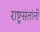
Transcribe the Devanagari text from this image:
राष्ट्रसंतांनी